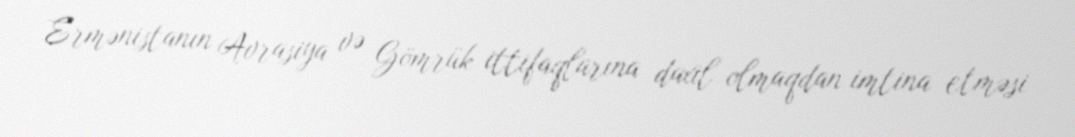
Ermənistanın Avrasiya və Gömrük ittifaqlarına daxil olmaqdan imtina etməsi